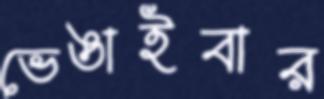
ভেঙাইবার